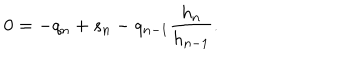
LaTeX: 0 = - q _ { n } + s _ { n } - q _ { n - 1 } \frac { h _ { n } } { h _ { n - 1 } } .